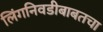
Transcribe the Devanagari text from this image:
लिंगनिवडीबाबतचा